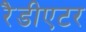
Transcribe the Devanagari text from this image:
रैडीएटर